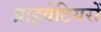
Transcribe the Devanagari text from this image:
प्राइवेटियरों